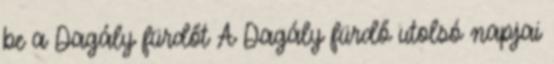
be a Dagály fürdőt A Dagály fürdő utolsó napjai